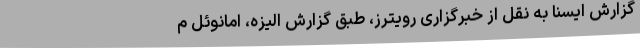
گزارش ایسنا به نقل از خبرگزاری رویترز، طبق گزارش الیزه، امانوئل م